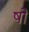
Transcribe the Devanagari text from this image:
षों